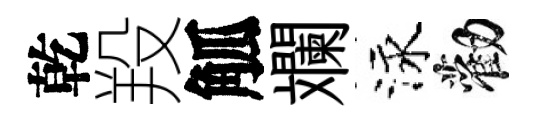
乾羖觚斕泳勸